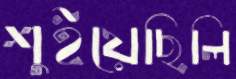
শুইয়েছিলি